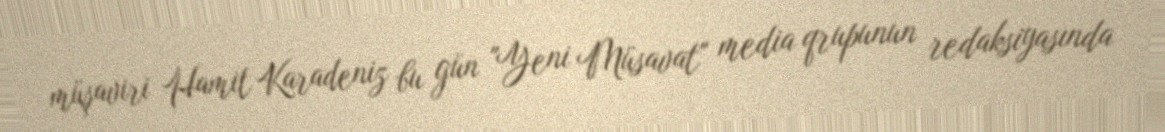
müşaviri Hamit Karadeniz bu gün "Yeni Müsavat" media qrupunun redaksiyasında